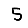
Digit: 5